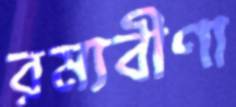
রম্যবীণা